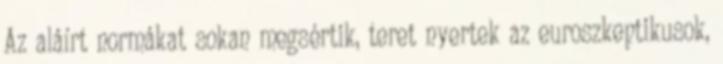
Az aláírt normákat sokan megsértik, teret nyertek az euroszkeptikusok,